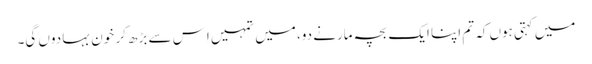
میں کہتی ہوں کہ تم اپنا ایک بچہ مارنے دو، میں تمہیں اِس سے بڑھ کر خون بہا دوں گی۔